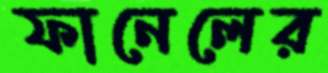
ফানেলের